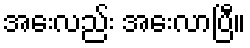
အေးလည်း အေးလာပြီ။